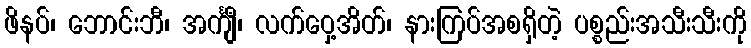
ဖိနပ်၊ ဘောင်းဘီ၊ အင်္ကျီ၊ လက်ဝှေ့အိတ်၊ နားကြပ်အစရှိတဲ့ ပစ္စည်းအသီးသီးကို